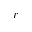
r